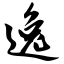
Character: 逸